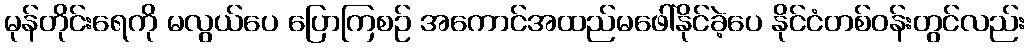
မုန်တိုင်းရေကို မလွယ်ပေ ပြောကြစဉ် အကောင်အထည်မဖေါ်နိုင်ခဲ့ပေ နိုင်ငံတစ်ဝန်းတွင်လည်း